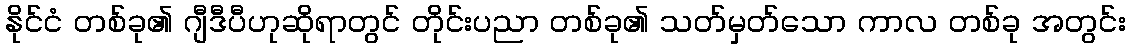
နိုင်ငံ တစ်ခု၏ ဂျီဒီပီဟုဆိုရာတွင် တိုင်းပညာ တစ်ခု၏ သတ်မှတ်သော ကာလ တစ်ခု အတွင်း